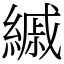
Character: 縬